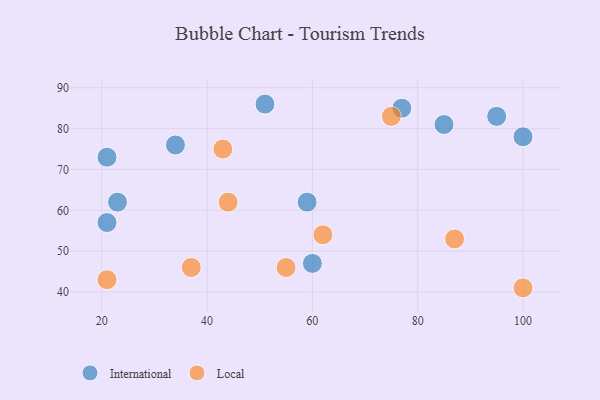
{"axis": {"x": "GDP", "y": "Life Expectancy"}, "legend": ["International", "Local"], "data": [{"x": "51", "y": 86, "type": "International"}, {"x": "21", "y": 57, "type": "International"}, {"x": "34", "y": 76, "type": "International"}, {"x": "77", "y": 85, "type": "International"}, {"x": "23", "y": 62, "type": "International"}, {"x": "100", "y": 78, "type": "International"}, {"x": "85", "y": 81, "type": "International"}, {"x": "59", "y": 62, "type": "International"}, {"x": "21", "y": 73, "type": "International"}, {"x": "95", "y": 83, "type": "International"}, {"x": "60", "y": 47, "type": "International"}, {"x": "87", "y": 53, "type": "Local"}, {"x": "21", "y": 43, "type": "Local"}, {"x": "43", "y": 75, "type": "Local"}, {"x": "55", "y": 46, "type": "Local"}, {"x": "44", "y": 62, "type": "Local"}, {"x": "75", "y": 83, "type": "Local"}, {"x": "100", "y": 41, "type": "Local"}, {"x": "37", "y": 46, "type": "Local"}, {"x": "62", "y": 54, "type": "Local"}]}